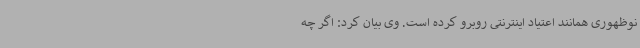
نوظهوری همانند اعتیاد اینترنتی روبرو کرده است. وی بیان کرد: اگر چه